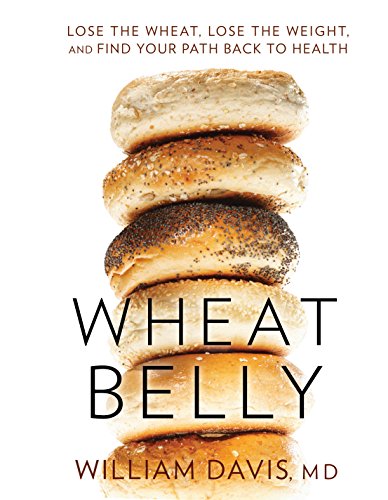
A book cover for Wheat Belly: Lose the Wheat, Lose the Weight, and Find Your Path Back to Health (Thorndike Large Print Lifestyles); MD  William Davis; Health, Fitness & Dieting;